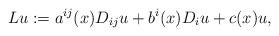
LaTeX: \begin{align*}Lu:=a^{ij}(x)D_{ij}u+b^i(x) D_iu+c(x)u,\end{align*}